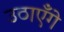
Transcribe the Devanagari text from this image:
उठाएँगे